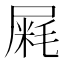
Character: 𰎁